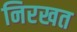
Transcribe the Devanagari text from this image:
निरखत